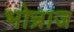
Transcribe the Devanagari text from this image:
भोन्राज